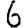
Digit: 6